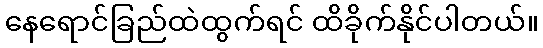
နေရောင်ခြည်ထဲထွက်ရင် ထိခိုက်နိုင်ပါတယ်။